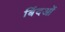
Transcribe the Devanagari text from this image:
बिंदओं